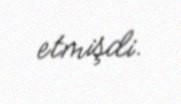
etmişdi.